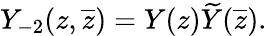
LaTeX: Y_{-2}(z,\overline{{{z}}})=Y(z)\widetilde{Y}(\overline{{{z}}}).